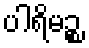
ပါရိမဉ္စ